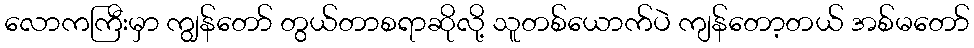
လောကကြီးမှာ ကျွန်တော် တွယ်တာစရာဆိုလို့ သူတစ်ယောက်ပဲ ကျန်တော့တယ် အစ်မတော်